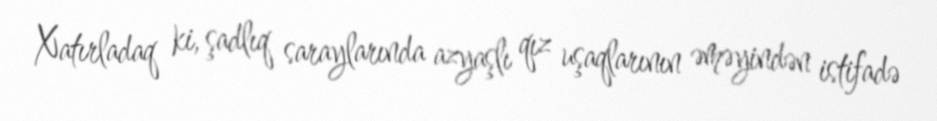
Xatırladaq ki, şadlıq saraylarında azyaşlı qız uşaqlarının əməyindən istifadə